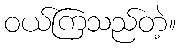
ဝယ်ကြသည်တဲ့။